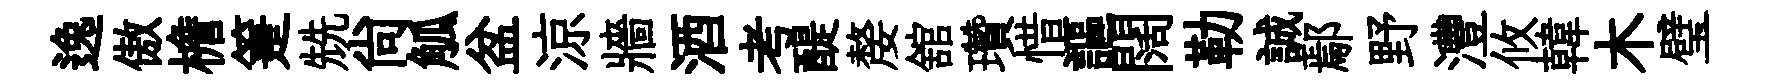
逸傲檐箑兟尙觚盆涼牆酒考醍嫠舘瓚惜謳闊勒誠鄢野灃攸韓木璧